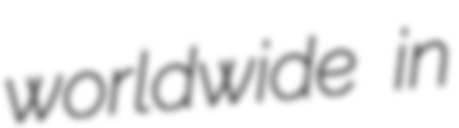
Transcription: worldwide in